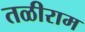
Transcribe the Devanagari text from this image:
तळीराम